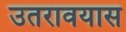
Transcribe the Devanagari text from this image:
उतरावयास